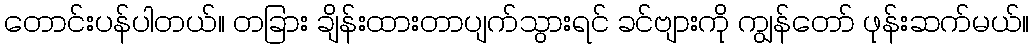
တောင်းပန်ပါတယ်။ တခြား ချိန်းထားတာပျက်သွားရင် ခင်ဗျားကို ကျွန်တော် ဖုန်းဆက်မယ်။